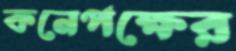
কনেপক্ষের